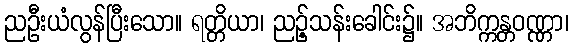
ညဦးယံလွန်ပြီးသော။ ရတ္တိယာ၊ ညဉ့်သန်းခေါင်း၌။ အဘိက္ကန္တဝဏ္ဏာ၊